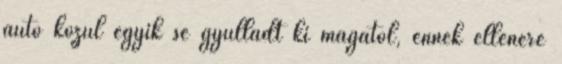
autó közül egyik se gyulladt ki magától, ennek ellenére